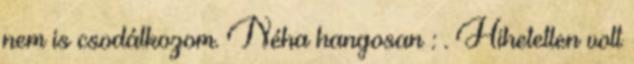
nem is csodálkozom. Néha hangosan : . Hihetetlen volt